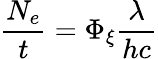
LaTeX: {\frac{N_{e}}{t}}=\Phi_{\xi}{\frac{\lambda}{hc}}